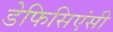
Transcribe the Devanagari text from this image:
डेफिसिएंसी